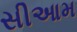
સીઆમ